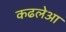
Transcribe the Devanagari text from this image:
कढलेआ